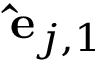
\mathbf { \hat { e } } _ { j , 1 }